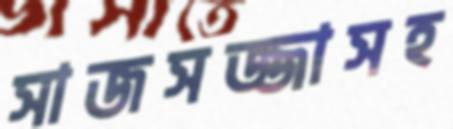
সাজসজ্জাসহ